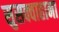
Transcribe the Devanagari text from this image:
सुसक्वाहाना